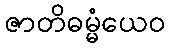
ဇာတိဓမ္မံယေဝ